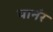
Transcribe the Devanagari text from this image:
यानंर